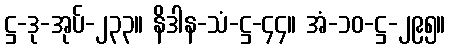
ဋ္ဌ-ဒု-အုပ်-၂၃၃။ နိဒါန-သံ-ဋ္ဌ-၄၄။ အံ-၁၀-ဋ္ဌ-၂၉၅။